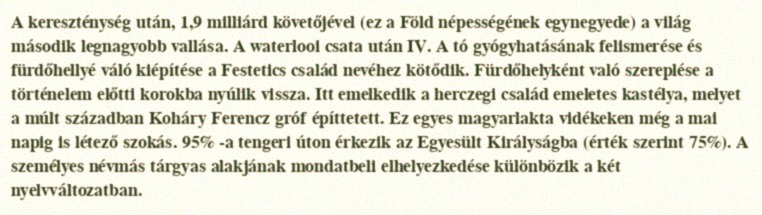
A kereszténység után, 1,9 milliárd követőjével (ez a Föld népességének egynegyede) a világ második legnagyobb vallása. A waterlooi csata után IV. A tó gyógyhatásának felismerése és fürdőhellyé váló kiépítése a Festetics család nevéhez kötődik. Fürdőhelyként való szereplése a történelem előtti korokba nyúlik vissza. Itt emelkedik a herczegi család emeletes kastélya, melyet a múlt században Koháry Ferencz gróf építtetett. Ez egyes magyarlakta vidékeken még a mai napig is létező szokás. 95% -a tengeri úton érkezik az Egyesült Királyságba (érték szerint 75%). A személyes névmás tárgyas alakjának mondatbeli elhelyezkedése különbözik a két nyelvváltozatban.